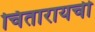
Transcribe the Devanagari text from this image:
चितारायची